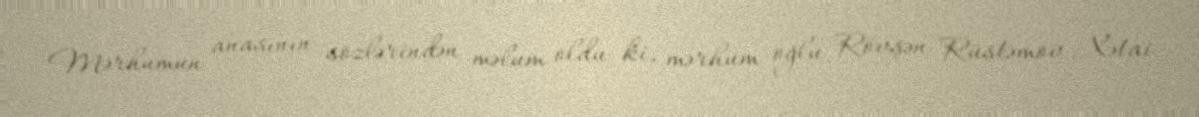
Mərhumun anasının sözlərindən məlum oldu ki, mərhum oğlu Rövşən Rüstəmov Xətai